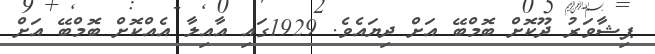
ޕިޝާވަރު ދޫކޮށް ބޮމްބޭ އަށް ދިޔައެވެ. 1929ގައި އާއިލާ އެއްކޮށް ބޮމްބޭ އަށް